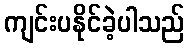
ကျင်းပနိုင်ခဲ့ပါသည်